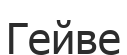
Гейве